Indian journal of veterinary science and animal husbandry - Volume 8,
Year: 1938
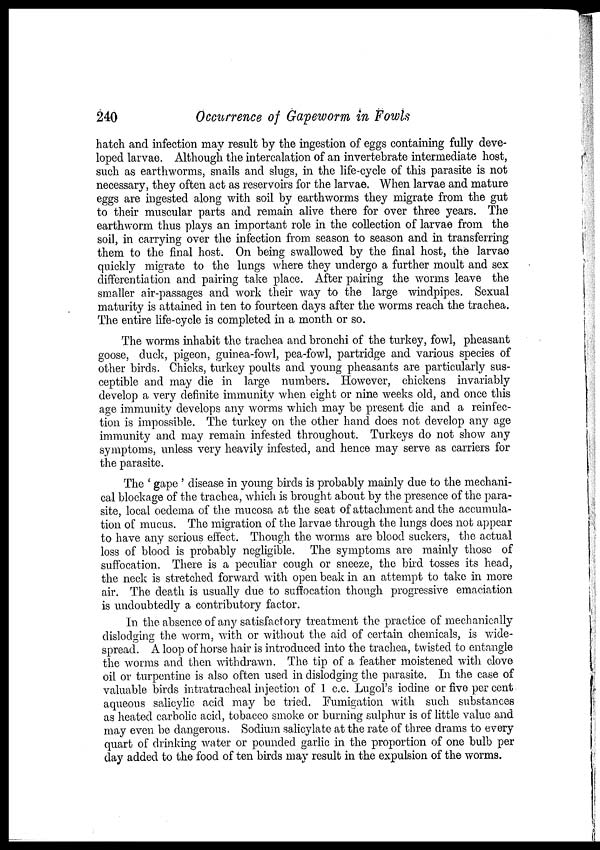
240
Occurrence of Gapeworm in Fowls
hatch and infection may result by the ingestion of eggs containing fully deve-
loped larvae. Although the intercalation of an invertebrate intermediate host,
such as earthworms, snails and slugs, in the life-cycle of this parasite is not
necessary, they often act as reservoirs for the larvae. When larvae and mature
eggs are ingested along with soil by earthworms they migrate from the gut
to their muscular parts and remain alive there for over three years. The
earthworm thus plays an important role in the collection of larvae from the
soil, in carrying over the infection from season to season and in transferring
them to the final host. On being swallowed by the final host, the larvae
quickly migrate to the lungs where they undergo a further moult and sex
differentiation and pairing take place. After pairing the worms leave the
smaller air-passages and work their way to the large windpipes. Sexual
maturity is attained in ten to fourteen days after the worms reach the trachea.
The entire life-cycle is completed in a month or so.
The worms inhabit the trachea and bronchi of the turkey, fowl, pheasant
goose, duck, pigeon, guinea-fowl, pea-fowl, partridge and various species of
other birds. Chicks, turkey poults and young pheasants are particularly sus-
ceptible and may die in large numbers. However, chickens invariably
develop a very definite immunity when eight or nine weeks old, and once this
age immunity develops any worms which may be present die and a reinfec-
tion is impossible. The turkey on the other hand does not develop any age
immunity and may remain infested throughout. Turkeys do not show any
symptoms, unless very heavily infested, and hence may serve as carriers for
the parasite.
The ' gape ' disease in young birds is probably mainly due to the mechani-
cal blockage of the trachea, which is brought about by the presence of the para-
site, local oedema of the mucosa at the seat of attachment and the accumula-
tion of mucus. The migration of the larvae through the lungs does not appear
to have any serious effect. Though the worms are blood suckers, the actual
loss of blood is probably negligible. The symptoms are mainly those of
suffocation. There is a peculiar cough or sneeze, the bird tosses its head,
the neck is stretched forward with open beak in an attempt to take in more
air. The death is usually due to suffocation though progressive emaciation
is undoubtedly a contributory factor.
In the absence of any satisfactory treatment the practice of mechanically
dislodging the worm, with or without the aid of certain chemicals, is wide-
spread. A loop of horse hair is introduced into the trachea, twisted to entangle
the worms and then withdrawn. The tip of a feather moistened with clove
oil or turpentine is also often used in dislodging the parasite. In the case of
valuable birds intratracheal injection of 1 c.c. Lugol's iodine or five per cent
aqueous salicylic acid may be tried. Fumigation with such substances
as heated carbolic acid, tobacco smoke or burning sulphur is of little value and
may even be dangerous. Sodium salicylate at the rate of three drams to every
quart of drinking water or pounded garlic in the proportion of one bulb per
day added to the food of ten birds may result in the expulsion of the worms.